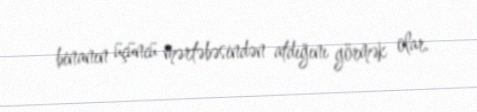
binanın üçüncü mərtəbəsindən atdığını görmək olar.